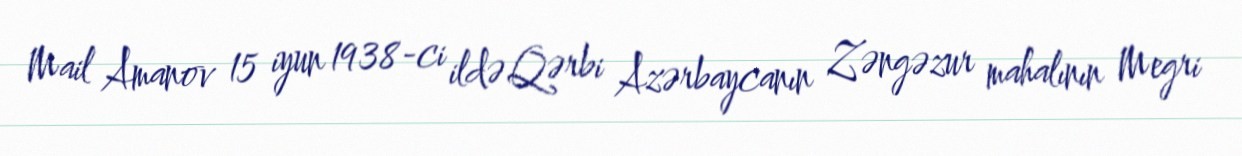
Mail Amanov 15 iyun 1938-ci ildə Qərbi Azərbaycanın Zəngəzur mahalının Megri